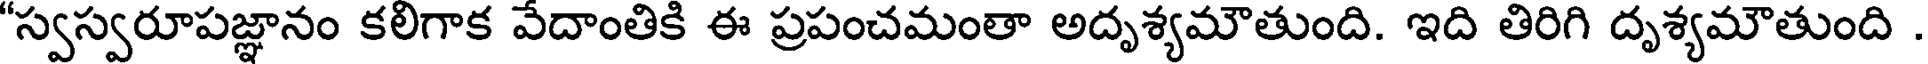
"స్వస్వరూపజ్ఞానం కలిగాక వేదాంతికి ఈ ప్రపంచమంతా అదృశ్యమౌతుంది. ఇది తిరిగి దృశ్యమౌతుంది